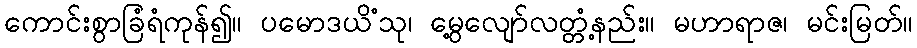
ကောင်းစွာခြံရံကုန်၍။ ပမောဒယိံသု၊ မွေ့လျော်လတ္တံ့နည်း။ မဟာရာဇ၊ မင်းမြတ်။